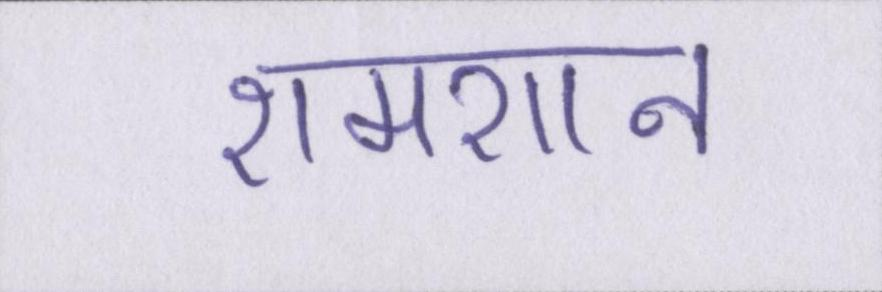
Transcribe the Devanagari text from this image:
शमशान